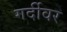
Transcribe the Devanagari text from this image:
गर्दीवर